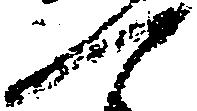
一